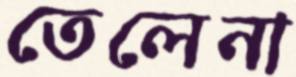
তেলেনা